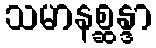
သမာနစ္ဆန္ဒာ